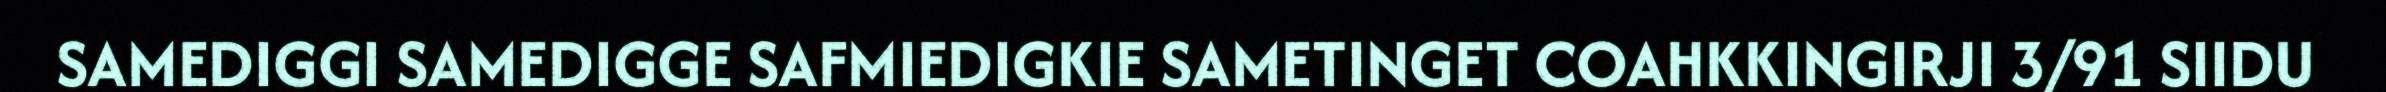
SAMEDIGGI SAMEDIGGE SAFMIEDIGKIE SAMETINGET COAHKKINGIRJI 3/91 SIIDU